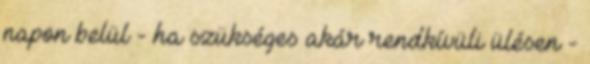
napon belül - ha szükséges akár rendkívüli ülésen -